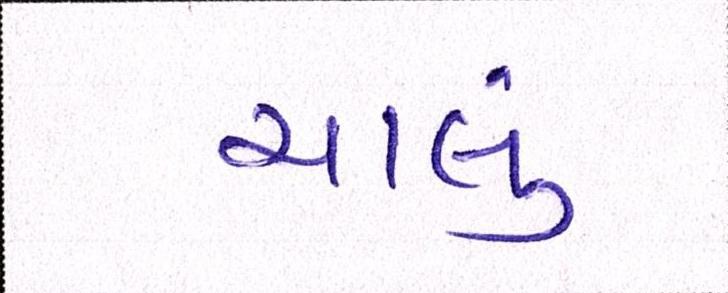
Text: ચાલું